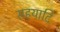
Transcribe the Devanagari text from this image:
सहयादि